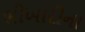
ભીખારીના